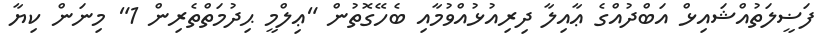
ފަޟީލަތުއްޝައިޅް އަބްދުއްގެ ޢާއިލާ ދިރިއުޅުއްވުމާއި ބެހޭގޮތުން "ޢިލްމީ ޙިދުމަތްތެރިން 1" މިނަން ކިޔާ